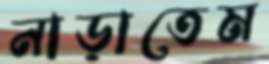
নাড়াতেম